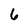
Character: 6